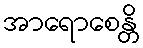
အာရောစေန္တိ